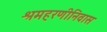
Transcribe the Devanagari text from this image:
श्रमहरणीनिवास